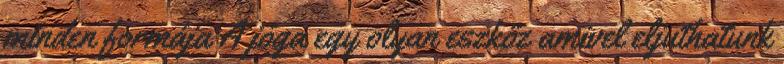
minden formája A jóga egy olyan eszköz amivel eljuthatunk